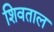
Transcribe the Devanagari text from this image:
शिवताल